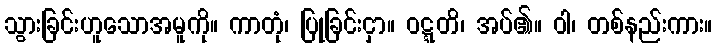
သွားခြင်းဟူသောအမူကို။ ကာတုံ၊ ပြုခြင်းငှာ။ ဝဋ္ဋတိ၊ အပ်၏။ ဝါ၊ တစ်နည်းကား။